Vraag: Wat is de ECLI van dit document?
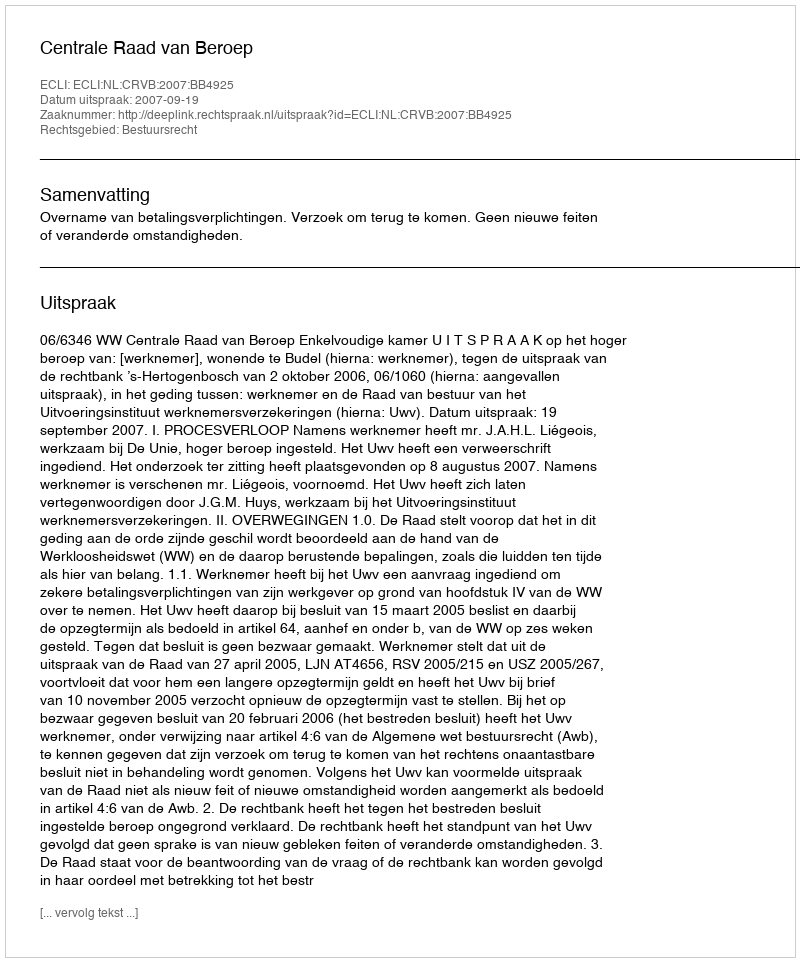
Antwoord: ECLI:NL:CRVB:2007:BB4925